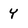
Character: Y